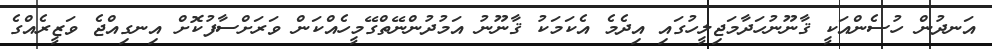
އަނދުން ހުސެންއަކީ ޤާނޫނުހަދާމަޖިލީހުގައި އިދެމެ އެކަމަކު ޤާނޫނު އަމުދުންނޭތްގޭމީހެއްކަން ވަރަށްސާފުކޮށް އިނގިއްޖެ ވަޒީރެއްގެ